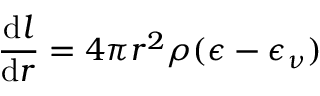
{ \frac { { \mathrm { d } } l } { { \mathrm { d } } r } } = 4 \pi r ^ { 2 } \rho ( \epsilon - \epsilon _ { \nu } )